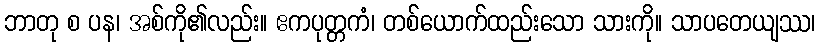
ဘာတု စ ပန၊ အစ်ကို၏လည်း။ ဧကပုတ္တကံ၊ တစ်ယောက်ထည်းသော သားကို။ သာပတေယျဿ၊